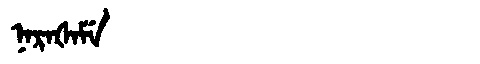
Manchu: ᠨᠠᡵᠠᡧᠠᠮᡝ
Romanization: NARAŠAME